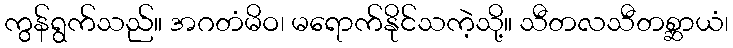
ကွန်ရွက်သည်။ အဂတံမိဝ၊ မရောက်နိုင်သကဲ့သို့။ သီတလသီတစ္ဆာယံ၊